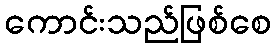
ကောင်းသည်ဖြစ်စေ